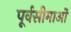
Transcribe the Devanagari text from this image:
पूर्वसीमाओं